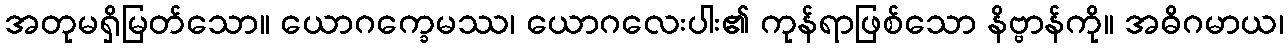
အတုမရှိမြတ်သော။ ယောဂက္ခေမဿ၊ ယောဂလေးပါး၏ ကုန်ရာဖြစ်သော နိဗ္ဗာန်ကို။ အဓိဂမာယ၊